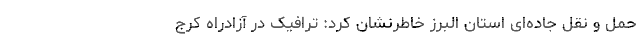
حمل و نقل جاده‌ای استان البرز خاطرنشان کرد: ترافیک در آزادراه کرج